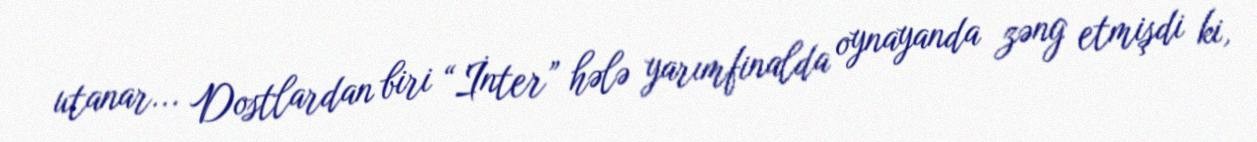
utanar... Dostlardan biri “İnter” hələ yarımfinalda oynayanda zəng etmişdi ki,